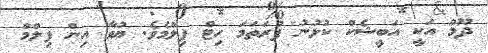
ދޫމް އަކީ އަބީޝެކް ކުޅުނު ފުރަތަމަ ހިޓް ފިލްމެވެ. ޔުވާ އިން ފިލްމް